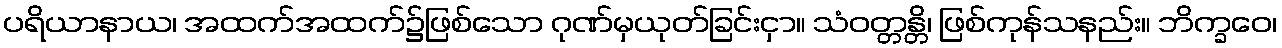
ပရိယာနာယ၊ အထက်အထက်၌ဖြစ်သော ဂုဏ်မှယုတ်ခြင်းငှာ။ သံဝတ္တန္တိ၊ ဖြစ်ကုန်သနည်း။ ဘိက္ခဝေ၊